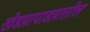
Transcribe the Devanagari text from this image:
खेडय़ापाडय़ातील